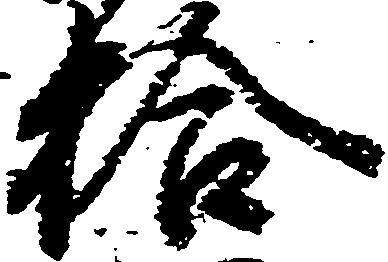
拾